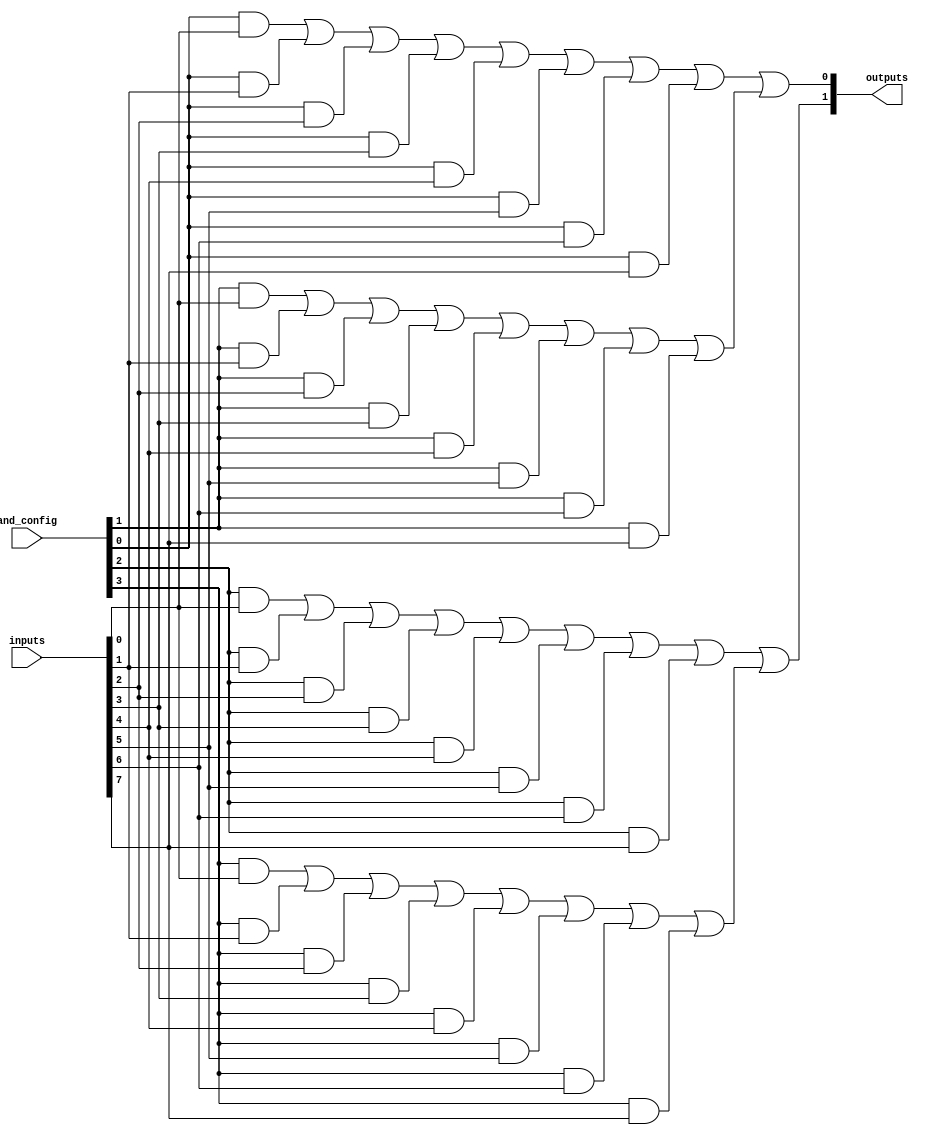
module hs_pal (
    input wire [N-1:0] inputs,      // N-bit input vector
    input wire [P-1:0] and_config,   // P-bit configuration for AND array
    output wire [M-1:0] outputs      // M-bit output vector
);

// Parameters
parameter N = 8; // Number of inputs
parameter P = 4; // Number of programmable AND gates
parameter M = 2; // Number of fixed OR gates

// Internal signals
wire [P-1:0] and_outputs; // Outputs from AND gates

// Programmable AND Array
genvar i, j;
generate
    for (i = 0; i < P; i = i + 1) begin : and_array
        assign and_outputs[i] = (and_config[i] & inputs[0]) | 
                                 (and_config[i] & inputs[1]) |
                                 (and_config[i] & inputs[2]) |
                                 (and_config[i] & inputs[3]) |
                                 (and_config[i] & inputs[4]) |
                                 (and_config[i] & inputs[5]) |
                                 (and_config[i] & inputs[6]) |
                                 (and_config[i] & inputs[7]);
    end
endgenerate

// Fixed OR Array
assign outputs[0] = and_outputs[0] | and_outputs[1]; // OR gate 1
assign outputs[1] = and_outputs[2] | and_outputs[3]; // OR gate 2

endmodule